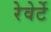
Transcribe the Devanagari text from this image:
रेवेर्टे